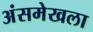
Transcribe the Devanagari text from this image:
अंसमेखला